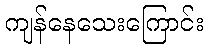
ကျန်နေသေးကြောင်း